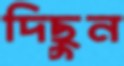
দিছুন